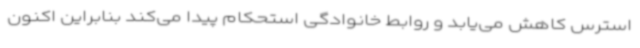
استرس کاهش می‌یابد و روابط خانوادگی استحکام پیدا می‌کند بنابراین اکنون